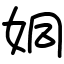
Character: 姛